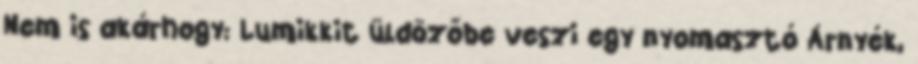
Nem is akárhogy: Lumikkit üldözőbe veszi egy nyomasztó Árnyék,